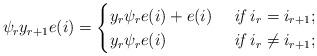
LaTeX: \begin{align*} \psi_r y_{r+1}e(i)=\begin{cases}y_r \psi_r e(i)+e(i) &\textit{ if } i_r= i_{r+1};\\y_r \psi_r e(i) &\textit{ if } i_r\neq i_{r+1};\end{cases}\end{align*}